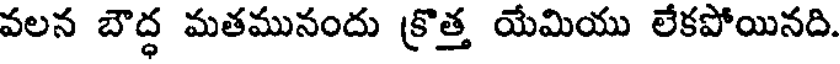
వలన బౌద్ధ మతమునందు క్రొత్త యేమియు లేకపోయినది.